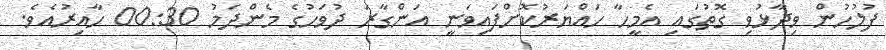
ފުލުހުން ވިދާޅުވި ގޮތުގައި އެމީހާ ހައްޔަރުކޮށްފައިވަނީ އަންގާރަ ދުވަހުގެ މެންދަމު 00:30 ހާއިރުއެވެ.